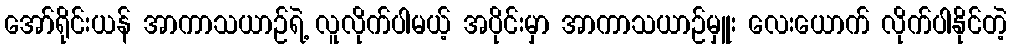
အော်ရိုင်းယန် အာကာသယာဉ်ရဲ့ လူလိုက်ပါမယ့် အပိုင်းမှာ အာကာသယာဉ်မှူး လေးယောက် လိုက်ပါနိုင်တဲ့